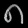
Digit: ၈